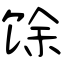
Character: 馀